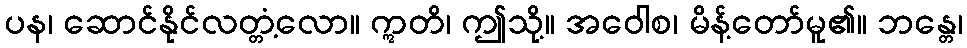
ပန၊ ဆောင်နိုင်လတ္တံ့လော။ ဣတိ၊ ဤသို့။ အဝေါစ၊ မိန့်တော်မူ၏။ ဘန္တေ၊